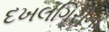
દખલગિરીના